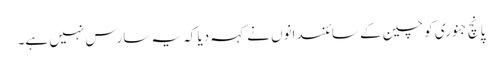
پانچ جنوری کو چین کے سائنسدانوں نے کہہ دیا کہ یہ سارس نہیں ہے۔